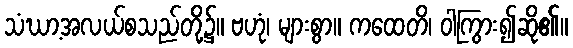
သံဃာ့အလယ်စသည်တို့၌။ ဗဟုံ၊ များစွာ။ ကထေတိ၊ ဝါကြွား၍ဆို၏။